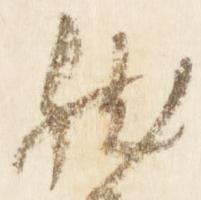
然